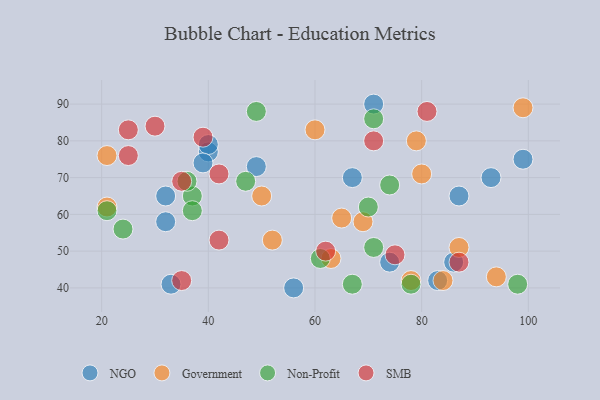
{"axis": {"x": "GDP", "y": "Life Expectancy"}, "legend": ["Government", "NGO", "Non-Profit", "SMB"], "data": [{"x": "74", "y": 47, "type": "NGO"}, {"x": "33", "y": 41, "type": "NGO"}, {"x": "32", "y": 65, "type": "NGO"}, {"x": "40", "y": 77, "type": "NGO"}, {"x": "87", "y": 65, "type": "NGO"}, {"x": "71", "y": 90, "type": "NGO"}, {"x": "99", "y": 75, "type": "NGO"}, {"x": "40", "y": 79, "type": "NGO"}, {"x": "83", "y": 42, "type": "NGO"}, {"x": "49", "y": 73, "type": "NGO"}, {"x": "86", "y": 47, "type": "NGO"}, {"x": "67", "y": 70, "type": "NGO"}, {"x": "39", "y": 74, "type": "NGO"}, {"x": "93", "y": 70, "type": "NGO"}, {"x": "56", "y": 40, "type": "NGO"}, {"x": "32", "y": 58, "type": "NGO"}, {"x": "50", "y": 65, "type": "Government"}, {"x": "63", "y": 48, "type": "Government"}, {"x": "21", "y": 76, "type": "Government"}, {"x": "84", "y": 42, "type": "Government"}, {"x": "60", "y": 83, "type": "Government"}, {"x": "52", "y": 53, "type": "Government"}, {"x": "65", "y": 59, "type": "Government"}, {"x": "78", "y": 42, "type": "Government"}, {"x": "99", "y": 89, "type": "Government"}, {"x": "69", "y": 58, "type": "Government"}, {"x": "79", "y": 80, "type": "Government"}, {"x": "21", "y": 62, "type": "Government"}, {"x": "80", "y": 71, "type": "Government"}, {"x": "87", "y": 51, "type": "Government"}, {"x": "94", "y": 43, "type": "Government"}, {"x": "21", "y": 61, "type": "Non-Profit"}, {"x": "71", "y": 51, "type": "Non-Profit"}, {"x": "98", "y": 41, "type": "Non-Profit"}, {"x": "78", "y": 41, "type": "Non-Profit"}, {"x": "70", "y": 62, "type": "Non-Profit"}, {"x": "24", "y": 56, "type": "Non-Profit"}, {"x": "74", "y": 68, "type": "Non-Profit"}, {"x": "71", "y": 86, "type": "Non-Profit"}, {"x": "47", "y": 69, "type": "Non-Profit"}, {"x": "67", "y": 41, "type": "Non-Profit"}, {"x": "37", "y": 65, "type": "Non-Profit"}, {"x": "61", "y": 48, "type": "Non-Profit"}, {"x": "49", "y": 88, "type": "Non-Profit"}, {"x": "37", "y": 61, "type": "Non-Profit"}, {"x": "36", "y": 69, "type": "Non-Profit"}, {"x": "75", "y": 49, "type": "SMB"}, {"x": "42", "y": 53, "type": "SMB"}, {"x": "25", "y": 83, "type": "SMB"}, {"x": "42", "y": 71, "type": "SMB"}, {"x": "87", "y": 47, "type": "SMB"}, {"x": "35", "y": 69, "type": "SMB"}, {"x": "25", "y": 76, "type": "SMB"}, {"x": "35", "y": 42, "type": "SMB"}, {"x": "62", "y": 50, "type": "SMB"}, {"x": "30", "y": 84, "type": "SMB"}, {"x": "81", "y": 88, "type": "SMB"}, {"x": "71", "y": 80, "type": "SMB"}, {"x": "39", "y": 81, "type": "SMB"}]}